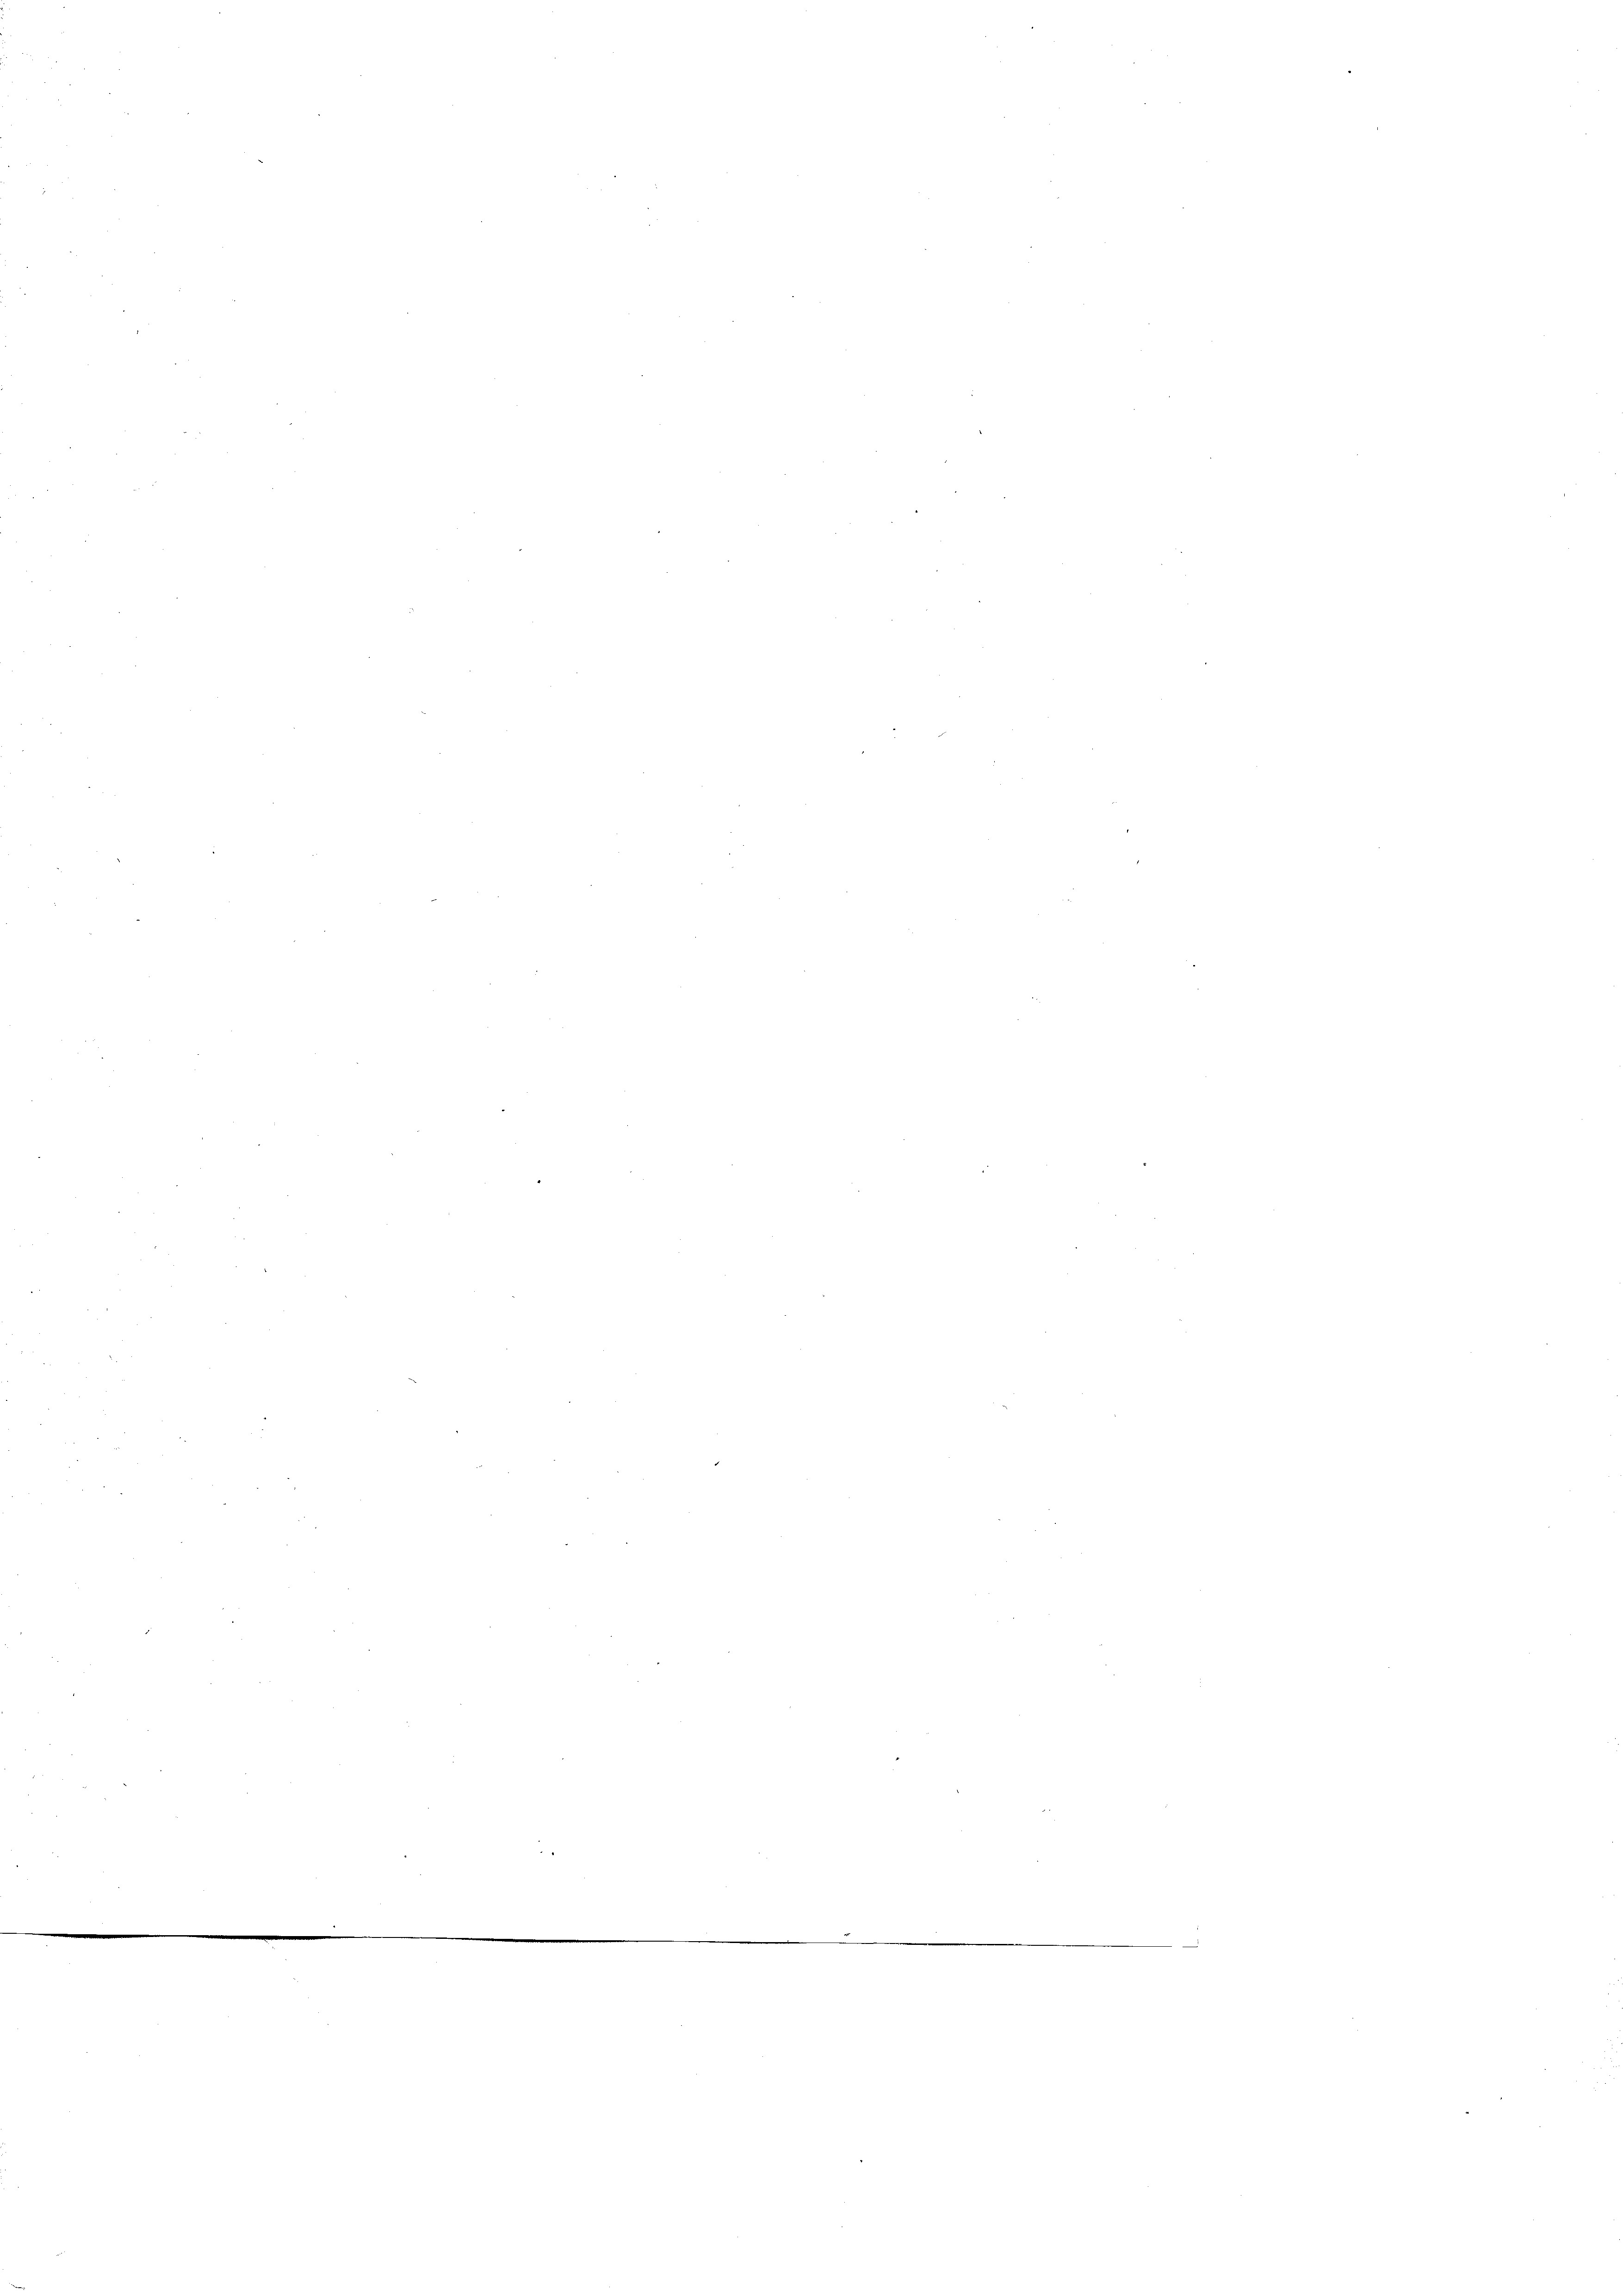
s

177
.